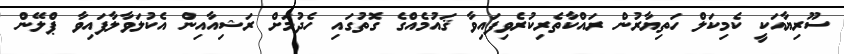
ސޫރިޔާއަކީ ކެމިކަލް ހަތިޔާރުން ރައްކާތެރިކުރެވިފައިވާ ޤައުމެއްގެ ގޮތުގައި ހެދުމަށް ރަޝިއާއިން އެކުލަވާލާފައިވާ ޕްލޭން